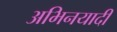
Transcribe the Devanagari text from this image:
अभिनयादी